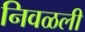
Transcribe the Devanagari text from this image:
निवळली